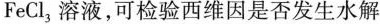
FeCl_{3}，溶液，可检验西维因是否发生水解